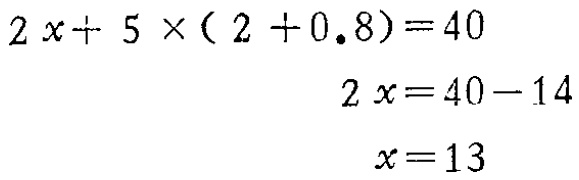
\[

\begin{align*}

2x + 5\times(2 + 0.8)&=40\\

2x&=40 - 14\\

x&=13

\end{align*}

\]